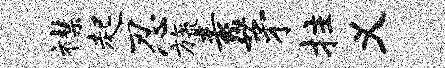
襟起忍旒素茅拄义